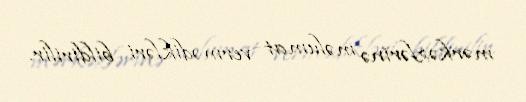
mərkəzlərinə məlumat vermədikləri bildirilir.